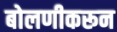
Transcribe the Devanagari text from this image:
बोलणीकरून